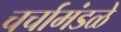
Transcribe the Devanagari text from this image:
चर्चामंडळे